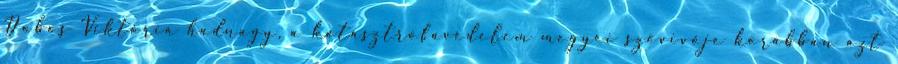
Dobos Viktória hadnagy, a katasztrófavédelem megyei szóvivője korábban azt